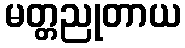
မတ္တညုတာယ